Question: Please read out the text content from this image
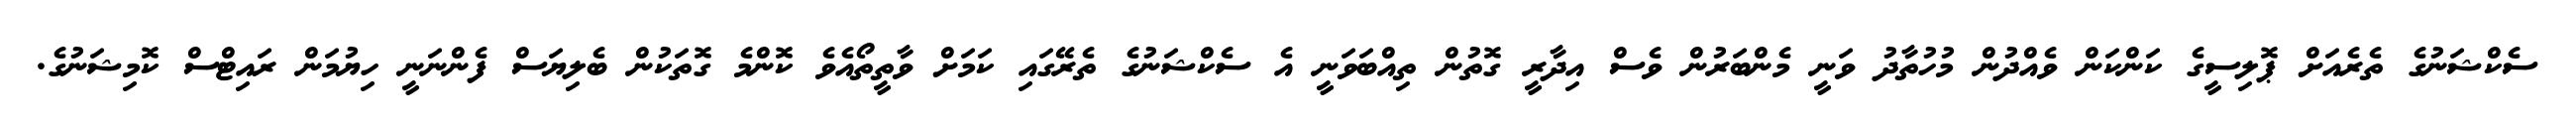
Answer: ސެކްޝަނުގެ ތެރެއަށް ޕޮލިސީގެ ކަންކަން ވެއްދުން މުހުތާދު ވަނީ މެންބަރުން ވެސް އިދާރީ ގޮތުން ތިއްބަވަނީ އެ ސެކްޝަނުގެ ތެރޭގައި ކަމަށް ވާތީތޯއެވެ ކޮންމެ ގޮތަކުން ބެލިޔަސް ފެންނަނީ ހިޔުމަން ރައިޓްސް ކޮމިޝަނުގެ.